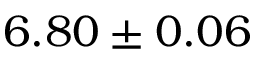
6 . 8 0 \pm 0 . 0 6